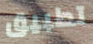
تطبيق